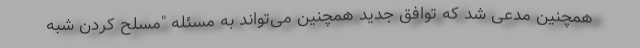
همچنین مدعی شد که توافق جدید همچنین می‌تواند به مسئله "مسلح کردن شبه